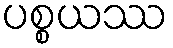
ပစ္စယဿ